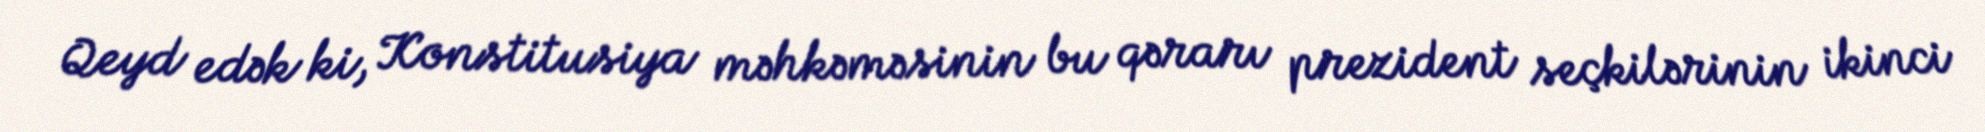
Qeyd edək ki, Konstitusiya məhkəməsinin bu qərarı prezident seçkilərinin ikinci